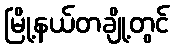
မြို့နယ်တချို့တွင်